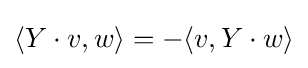
\langle Y\cdot v,w\rangle =-\langle v,Y\cdot w\rangle